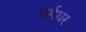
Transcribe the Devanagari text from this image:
धर्मधर